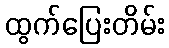
ထွက်ပြေးတိမ်း